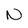
Character: N